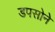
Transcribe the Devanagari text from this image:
डपसोने